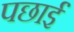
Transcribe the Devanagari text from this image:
पछाईं